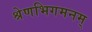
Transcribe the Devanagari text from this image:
श्रेणभिगमनम्